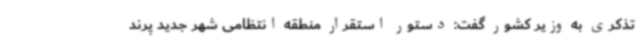
تذکری به وزیر کشور گفت: دستور استقرار منطقه انتظامی شهر جدید پرند